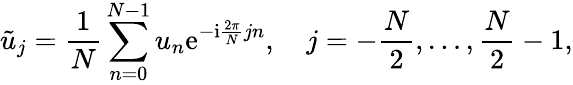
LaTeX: \tilde{u}_{j}=\frac{1}{N}\sum_{n=0}^{N-1}u_{n}\mathrm{e}^{-\mathrm{i}\frac{2\pi}{N}jn},\quad j=-\frac{N}{2},\dots,\frac{N}{2}-1,